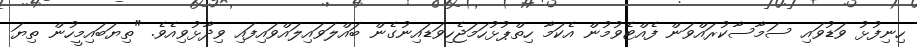
ހިނިފުޅު ވަޑުވައި ސަމާސާކުރައްވަން ފެއްޓެވުމުން އެކަމާ ހިތްޕުޅުހަމަޖެހިވަޑައިނުގެން ބައްލަވައިލައްވައިފައި ވިދާޅުވިއެވެ. "ތިޔަބައިމީހުން ތިޔަ